Riigikantselei, lk 100
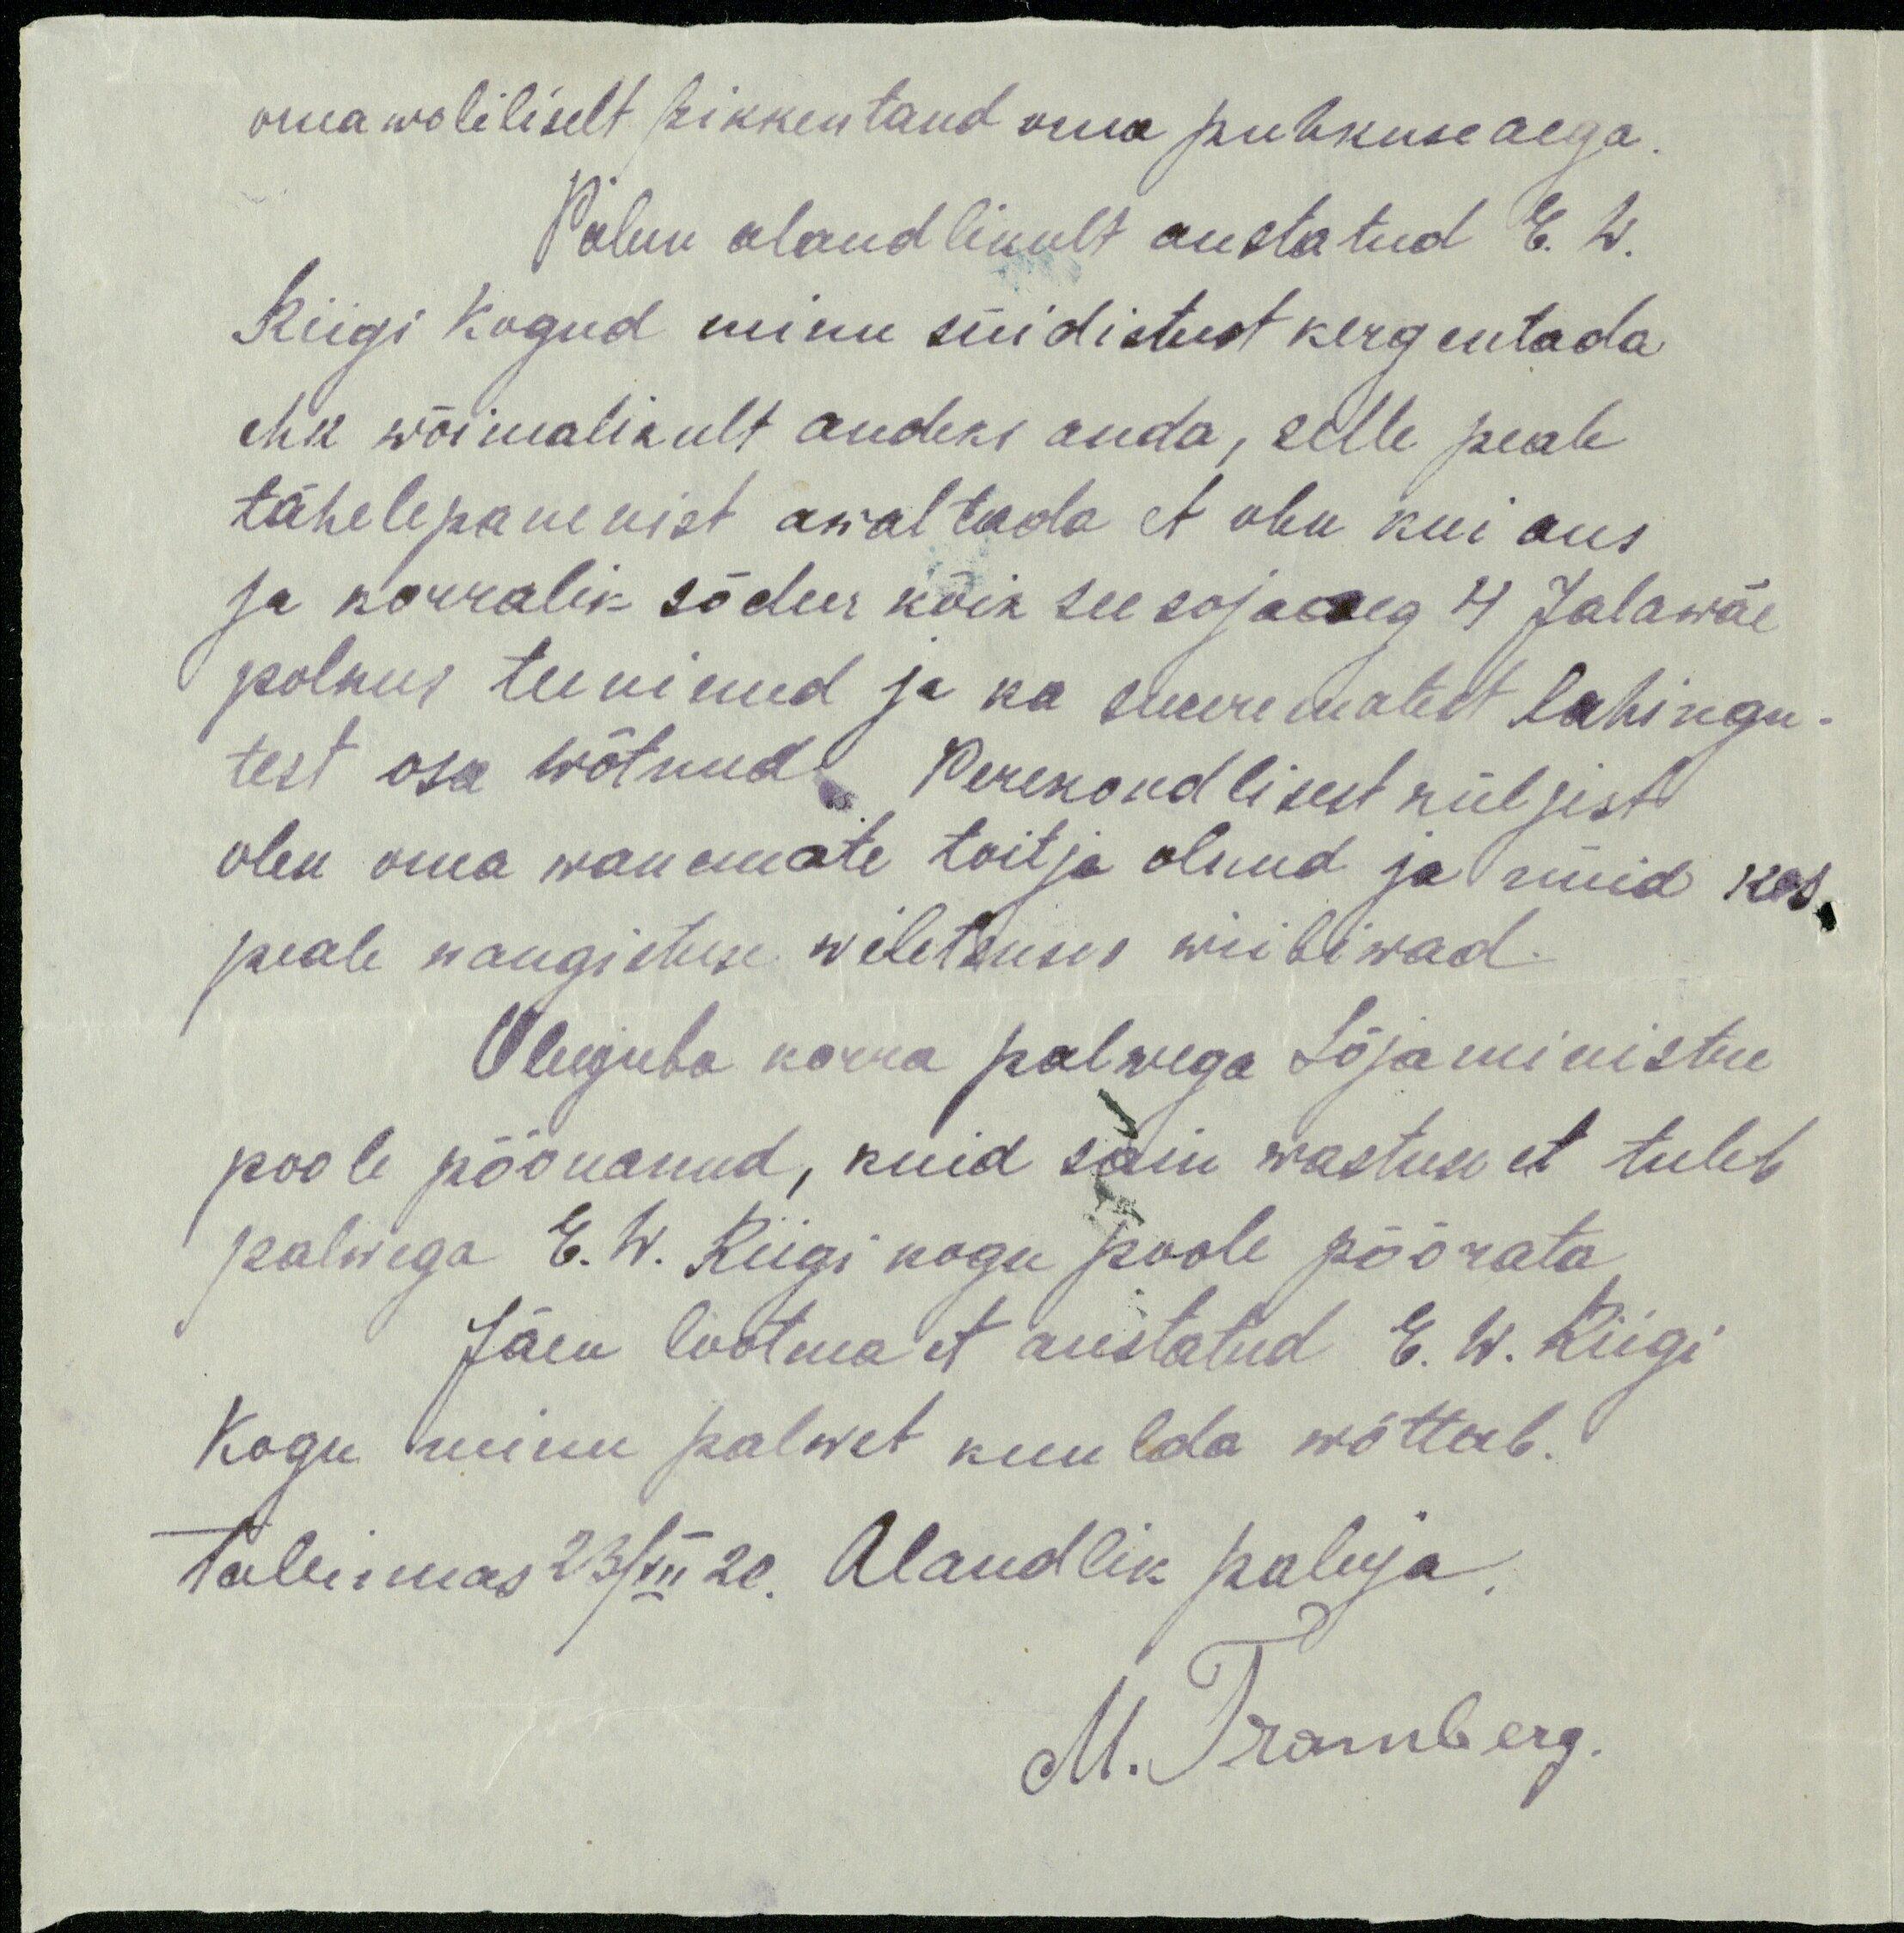
oma woliliselt pikkentand oma puhkuse aega.
Palun alandlikult austatud E. W.
Riigi kogud minu süidistust kergentada
ehk wõimalikult andeks anda, selle peale
tähelepanemist awaltada et olen kui aus
ja korralik sõdur kõik see sõjaaeg 4 Jalawäe
polkus teeninud ja ka suurematest lahingu
test osa wõtnud Perekondlisest küljest
olen oma wanemate toitja olnud ja nüüd kes
peale wangistuse wiletsuses wiibiwad.
Olenjuba korra palvega Sõjaministri
poole pööranud, kuid sain wastuse et tuleb
palwega E. W. Riigi kogu poole pöörata
Jäen lootma et austatud E. W. Riigi
Kogu minu palvet kuulda wõttab.
tallinnas 23/XII 20. Alandlik paluja,
M. Tramberg.